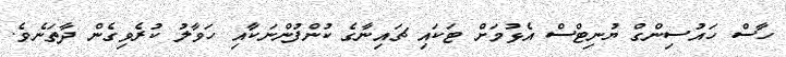
ހާސް ހައުސިންގް ޔުނިޓްސް އެޅުމަށް ޓަކައި ޗައިނާގެ ކުންފުންނަކާއި ހަވާލު ކުރެވިގެން ދާތަނެވެ.